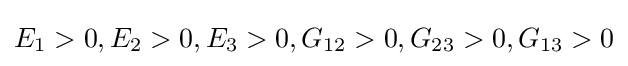
E_{1}>0,E_{2}>0,E_{3}>0,G_{12}>0,G_{23}>0,G_{13}>0